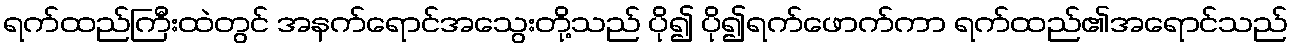
ရက်ထည်ကြီးထဲတွင် အနက်ရောင်အသွေးတို့သည် ပို၍ ပို၍ရက်ဖောက်ကာ ရက်ထည်၏အရောင်သည်